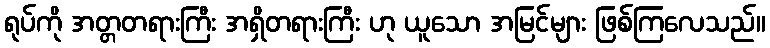
ရုပ်ကို အတ္တတရားကြီး အရှိတရားကြီး ဟု ယူသော အမြင်များ ဖြစ်ကြလေသည်။